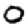
Digit: 0